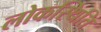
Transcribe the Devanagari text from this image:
लोकस्थिति